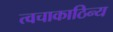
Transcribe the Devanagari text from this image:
त्वचाकाठिन्य